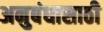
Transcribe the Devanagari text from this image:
अनुबंधासाठी